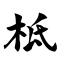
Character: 柢